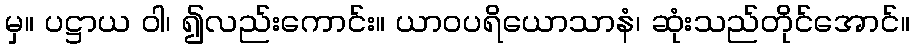
မှ။ ပဋ္ဌာယ ဝါ၊ ၍လည်းကောင်း။ ယာဝပရိယောသာနံ၊ ဆုံးသည်တိုင်အောင်။